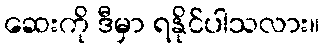
ဆေးကို ဒီမှာ ရနိုင်ပါသလား။